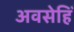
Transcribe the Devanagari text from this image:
अवसेहिँ